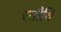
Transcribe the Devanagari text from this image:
रतौधि